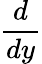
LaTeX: \frac{d}{dy}